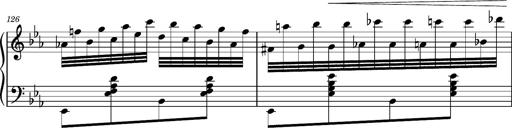
Title: Magyar rapszÃ³diÃ¡k
Composer: Franz Liszt